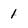
Character: 1